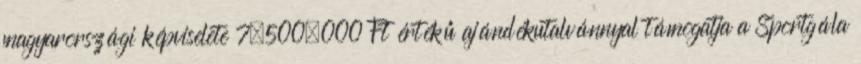
magyarországi képviselete 7.500.000 Ft értékű ajándékutalvánnyal támogatja a Sportgála